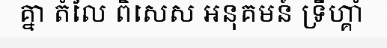
គ្នា តំលៃ ពិសេស អនុគមន៍ ទ្រីហ្គាំ